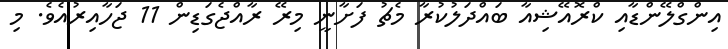
އިންގްލޭންޑާއި ކްރޮއޭޝިއާ ބައްދަލުކުރާ މެޗު ފަށާނީ މިރޭ ރާއްޖެގަޑިން 11 ޖަހާއިރުއެވެ. މި